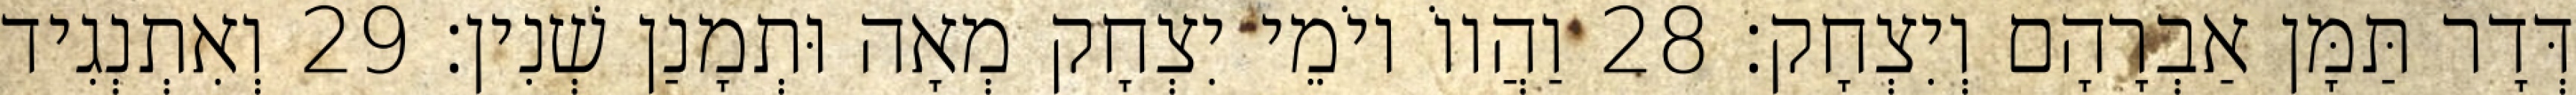
דְּדָר תַּמָּן אַבְרָהָם וְיִצְחָק׃ 28 וַהֲווֹ יוֹמֵי יִצְחָק מְאָה וּתְמָנַן שְׁנִין׃ 29 וְאִתְנְגִיד